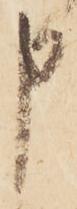
申